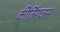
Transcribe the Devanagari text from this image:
कीर्तिराजस